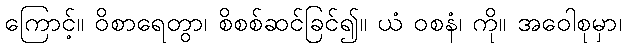
ကြောင့်။ ဝိစာရေတွာ၊ စိစစ်ဆင်ခြင်၍။ ယံ ဝစနံ၊ ကို။ အဝေါစုမှာ၊